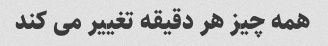
همه چیز هر دقیقه تغییر می کند